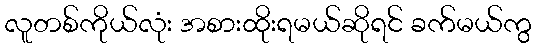
လူတစ်ကိုယ်လုံး အစားထိုးရမယ်ဆိုရင် ခက်မယ်ကွ